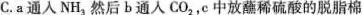
C.a通入NH_{3}然后b通人CO_{2}，c中放蘸稀硫酸的脱脂棉